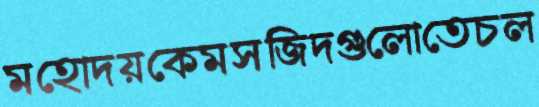
মহোদয়কেমসজিদগুলোতেচল